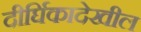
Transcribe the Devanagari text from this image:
दीर्घिकादेखील